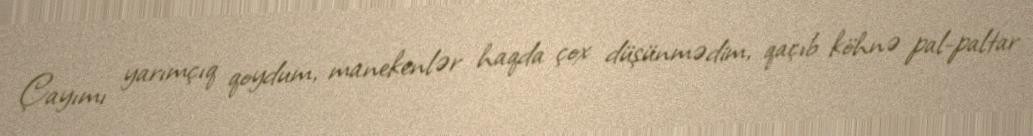
Çayımı yarımçıq qoydum, manekenlər haqda çox düşünmədim, qaçıb köhnə pal-paltar